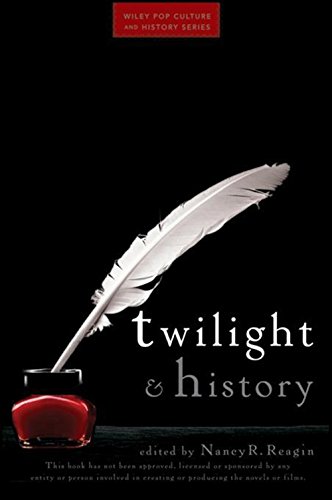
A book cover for Twilight and History (Wiley Pop Culture and History Series); Nancy Reagin; Science Fiction & Fantasy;